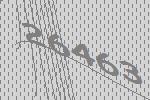
26463